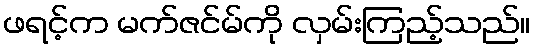
ဖရင့်က မက်ဇင်မ်ကို လှမ်းကြည့်သည်။